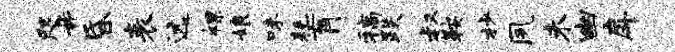
咫#昏表远裸娘味耗肓稿跌叔鞍杪夙未幽戽